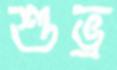
শুভ্র